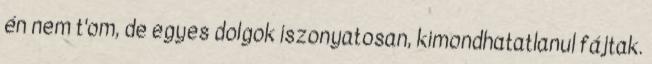
én nem t'om, de egyes dolgok iszonyatosan, kimondhatatlanul fájtak.